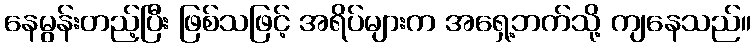
နေမွန်းတည့်ပြီး ဖြစ်သဖြင့် အရိပ်များက အရှေ့ဘက်သို့ ကျနေသည်။